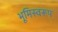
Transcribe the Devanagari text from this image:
भूमिस्वरूप